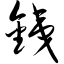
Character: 铁